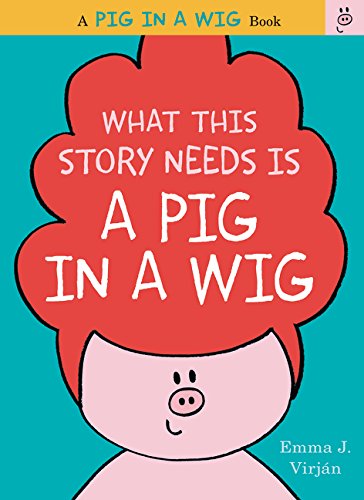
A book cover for What This Story Needs Is a Pig in a Wig (A Pig in a Wig Book); Emma J. Virjan; Children's Books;